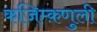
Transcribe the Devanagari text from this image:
कजिम्क़णुली